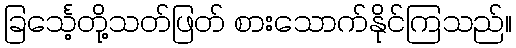
ခြင်္သေ့တို့သတ်ဖြတ် စားသောက်နိုင်ကြသည်။